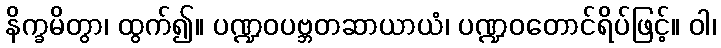
နိက္ခမိတွာ၊ ထွက်၍။ ပဏ္ဍဝပဗ္ဘတဆာယာယံ၊ ပဏ္ဍဝတောင်ရိပ်ဖြင့်။ ဝါ၊